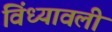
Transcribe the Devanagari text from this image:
विंध्यावली